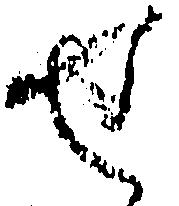
せ